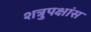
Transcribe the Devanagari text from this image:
शत्रुपक्षांस